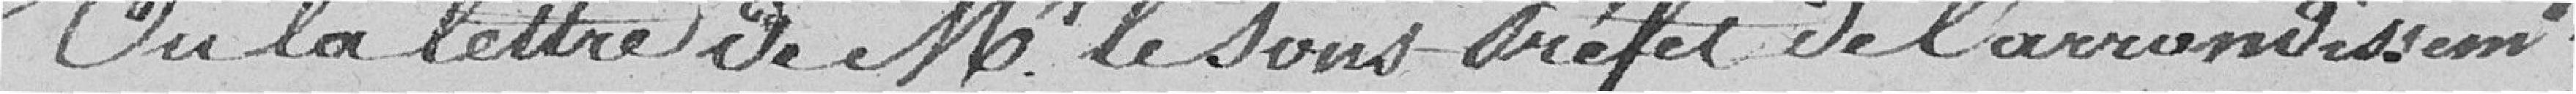
Vu la lettre de Monsieur Le Sous-Préfet de l'arrondissement